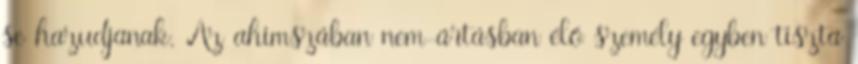
se hazudjanak. Az ahimszában nem-ártásban élő személy egyben tiszta